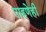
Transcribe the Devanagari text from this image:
पाहणेही